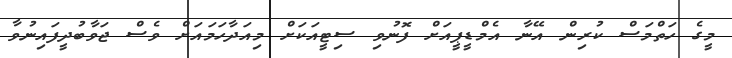
މީގެ ހަތްމަސް ކުރިން އޭނާ އެމްޑީޕީއަށް ފޮނުވި ސިޓީއަކަށް މިއަދާހަމައަށް ވެސް ޖަވާބުދީފައިނުވާ